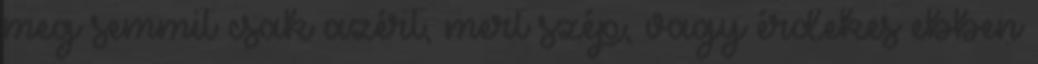
meg semmit csak azért, mert szép, vagy érdekes ebben